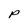
Character: P